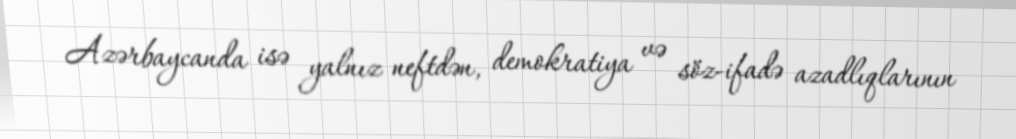
Azərbaycanda isə yalnız neftdən, demokratiya və söz-ifadə azadlıqlarının